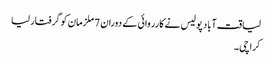
لیاقت آباد پولیس نے کارروائی کے دوران 7 ملزمان کو گرفتار لیا
کراچی ۔